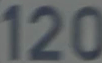
120